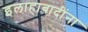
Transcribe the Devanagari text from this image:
इलाहाबादींना